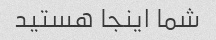
شما اینجا هستید